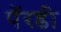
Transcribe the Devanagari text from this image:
पॅरडी